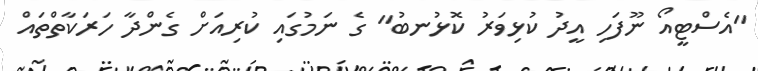
"އެސްޓީއޯ ނޫފަހި އީދު ކުޅިވަރު ކޮޅުނބު" ގެ ނަމުގައި ކުރިއަށް ގެންދާ ހަރަކާތްތައް